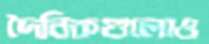
দৈনিকগুলোও